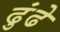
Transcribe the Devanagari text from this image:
ढुंढे